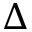
\Delta